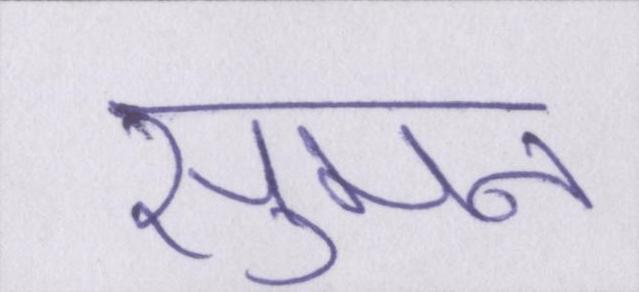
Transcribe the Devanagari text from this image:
सुमन